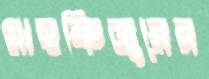
মাহফিজুরের